Newspaper: The Opelousas courier. [volume]
Place of publication: Opelousas, La.
Publisher: Joel H. Sandoz & Andrew Meynier
Date: 1875-10-30 00:00:00
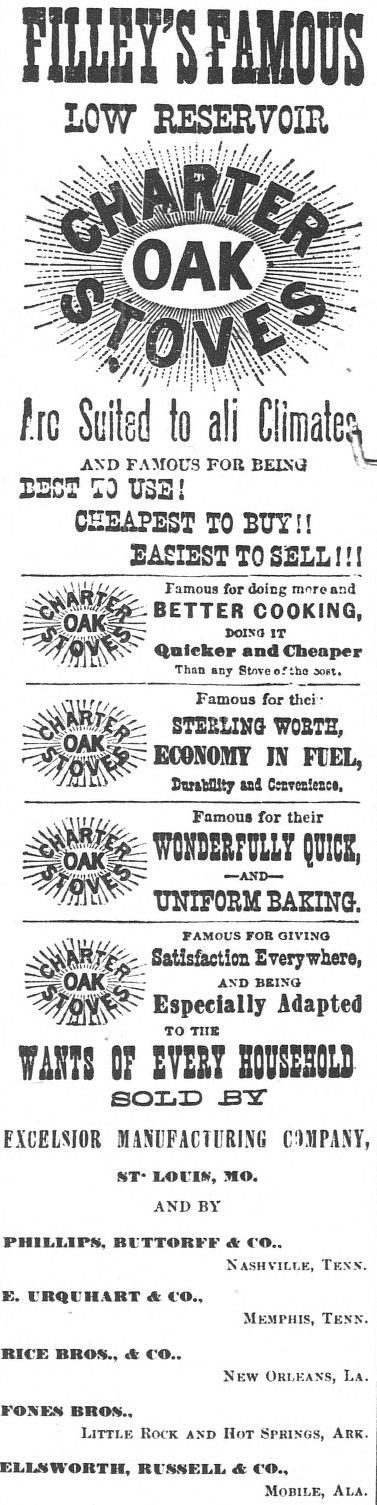
Advertisement text (OCR):
LOW.P RESERVOR .ro Suited to all Cimat, AND FAMOUS FOR BEING iiZT i3 USE ! CEEAPEST TO BUY!! EAIEST TO SELL l! Famous for doing mnre and BETTER COOKING, DOIO6 IT Qaleker and Cheaper Than any Stnve of the ont. Famous for thci STEEINJMG WORTI, ECONOMY IN FUEL, usraplat sla Calyancte. Famonus for their TOR lT'iLLT e UCE, UN1IFORM PAfING. PAMOUS FOR GIVING Satisfaction Everywhere, AND BRING Especially Adapted TO TTI. WTATSI 07 IBVERT S0ODU01 SOLD .H4 FXCELSIOR MANUFACTURING C)lPANY, 8T* LOUISN, MO. AND BY PHILLIPS BUTTORFF & CO.. NASHVILLE, TENN. E. URQUHART & CO.. MEMIIfls, TENN. RICE BROS., & CO.. NEW ORLEANS, LA. FONES BROS., LITTLE ROCK AND IOT SPRINGS, ARK. RUSSELL & CO., MOBILE, ALA.
Label: illustrations